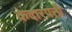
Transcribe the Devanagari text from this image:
केदारपत्ती